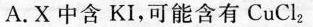
A.X中含有KI，可能含有CuCl_{2}